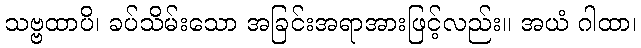
သဗ္ဗထာပိ၊ ခပ်သိမ်းသော အခြင်းအရာအားဖြင့်လည်း။ အယံ ဂါထာ၊